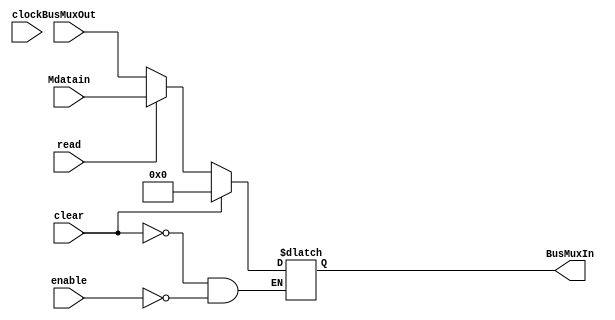
module MDR_reg (input clear, clock, enable, read, 
	input [31:0]BusMuxOut, input [31:0] Mdatain, output wire [31:0]BusMuxIn);
	
reg [31:0]q;

always @ (clock)
		begin
			if (clear) begin
				q <= 0;
			end
			else if (enable) begin
			// if read is one we want Mdatain else we want BusMuxOut
				//q <= read ? Mdatain : BusMuxOut;
				if(read) begin
					q <= Mdatain;
				end else begin
					q <= BusMuxOut;
				end
			end
			/*if (clear) begin
				q <= 32'ha;
			
			end else if (enable && read) begin
				q <= 32'hb;
			
			
			end else if(enable && ~read) begin
				q <= 32'hc;
			 
			end else begin
				q <= 32'b0;
			end*/
		end
	assign BusMuxIn = q;
		
endmodule